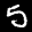
Label: 5